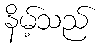
နိမ့်သည်